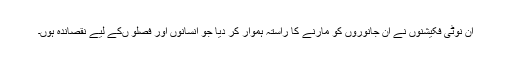
ان نوٹی فکیشنوں نے ان جانوروں کو مارنے کا راستہ ہموار کر دیا جو انسانوں اور فصلو ںکے لیے نقصاندہ ہوں۔